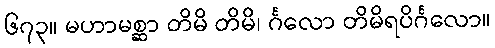
၆၇၃။ မဟာမစ္ဆာ တိမိ တိမိ၊ င်္ဂလော တိမိရပိင်္ဂလော။